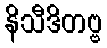
နိသီဒိတဗ္ဗ